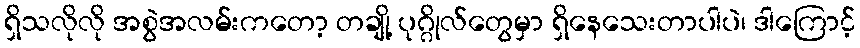
ရှိသလိုလို အစွဲအလမ်းကတော့ တချို့ ပုဂ္ဂိုလ်တွေမှာ ရှိနေသေးတာပါပဲ၊ ဒါကြောင့်